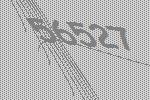
56527